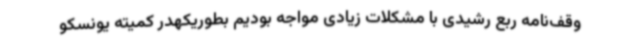
وقف‌نامه ربع رشیدی با مشکلات زیادی مواجه بودیم بطوریکهدر کمیته یونسکو